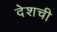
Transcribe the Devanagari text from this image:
देशची